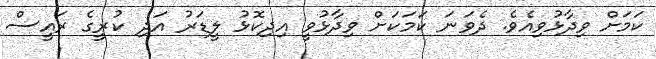
ކަމަށް ވިދާޅުވިއެވެ. ދެވަނަ ކަމަކަށް ވިދާޅުވީ އިދިކޮޅު ލީޑަރު އަދި ކުރީގެ ރައީސް